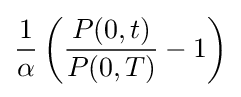
{1 \over \alpha }\left({\frac {P(0,t)}{P(0,T)}}-1\right)